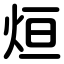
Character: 烜